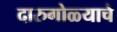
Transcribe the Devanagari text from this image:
दारुगोळ्याचे